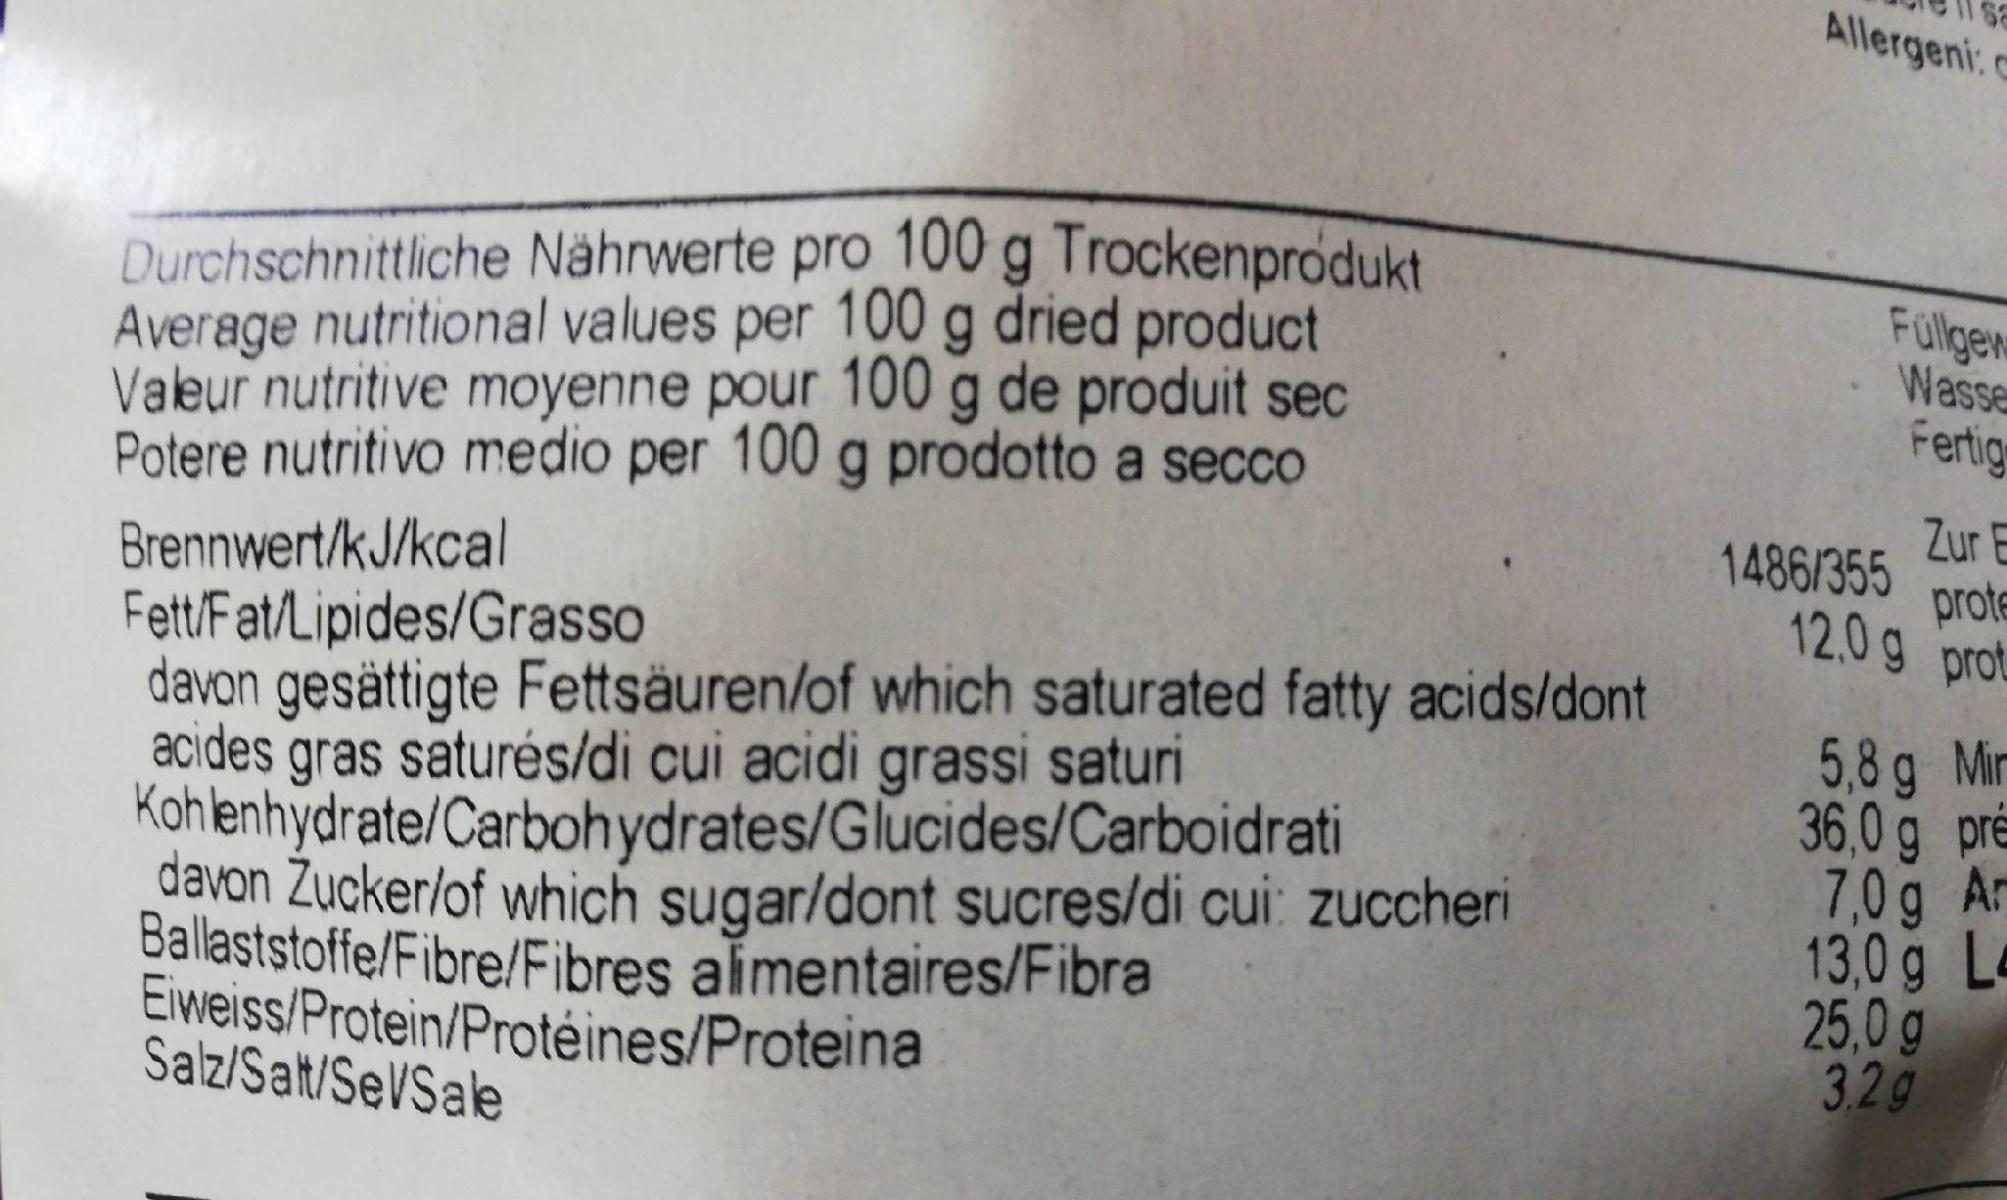
Allergeni:
Durchschnittliche Nährwerte pro 100 g Trockenprodukt Average nutritional values per 100 g dried product Valeur nutritive moyenne pour 100 g de produit sec Potere nutritivo medio per 100 g prodotto a secco
Füllgew Wasse Fertig
Zur E 1486/355 prote 12.0 g prot
Brennwert/kJ/kcal Fett/Fat/Lipides/Grasso davon gesättigte Fettsäuren/of which saturated fatty acids/dont acides gras saturés/di cui acidi grassi saturi Kohlenhydrate/Carbohydrates/Glucides/Carboidrati davon Zucker/of which sugar/dont sucres/di cui: zuccheri Ballaststoffe/Fibre/Fibres almentaires/Fibra Eiweiss/Protein/Protéines/Proteina Salz/Salt/SeVSale
5,8g Min 36,0 g pre 7,0g Ar 13,0g Le 25,0 g 3.2g